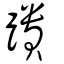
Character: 蹪